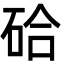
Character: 硆